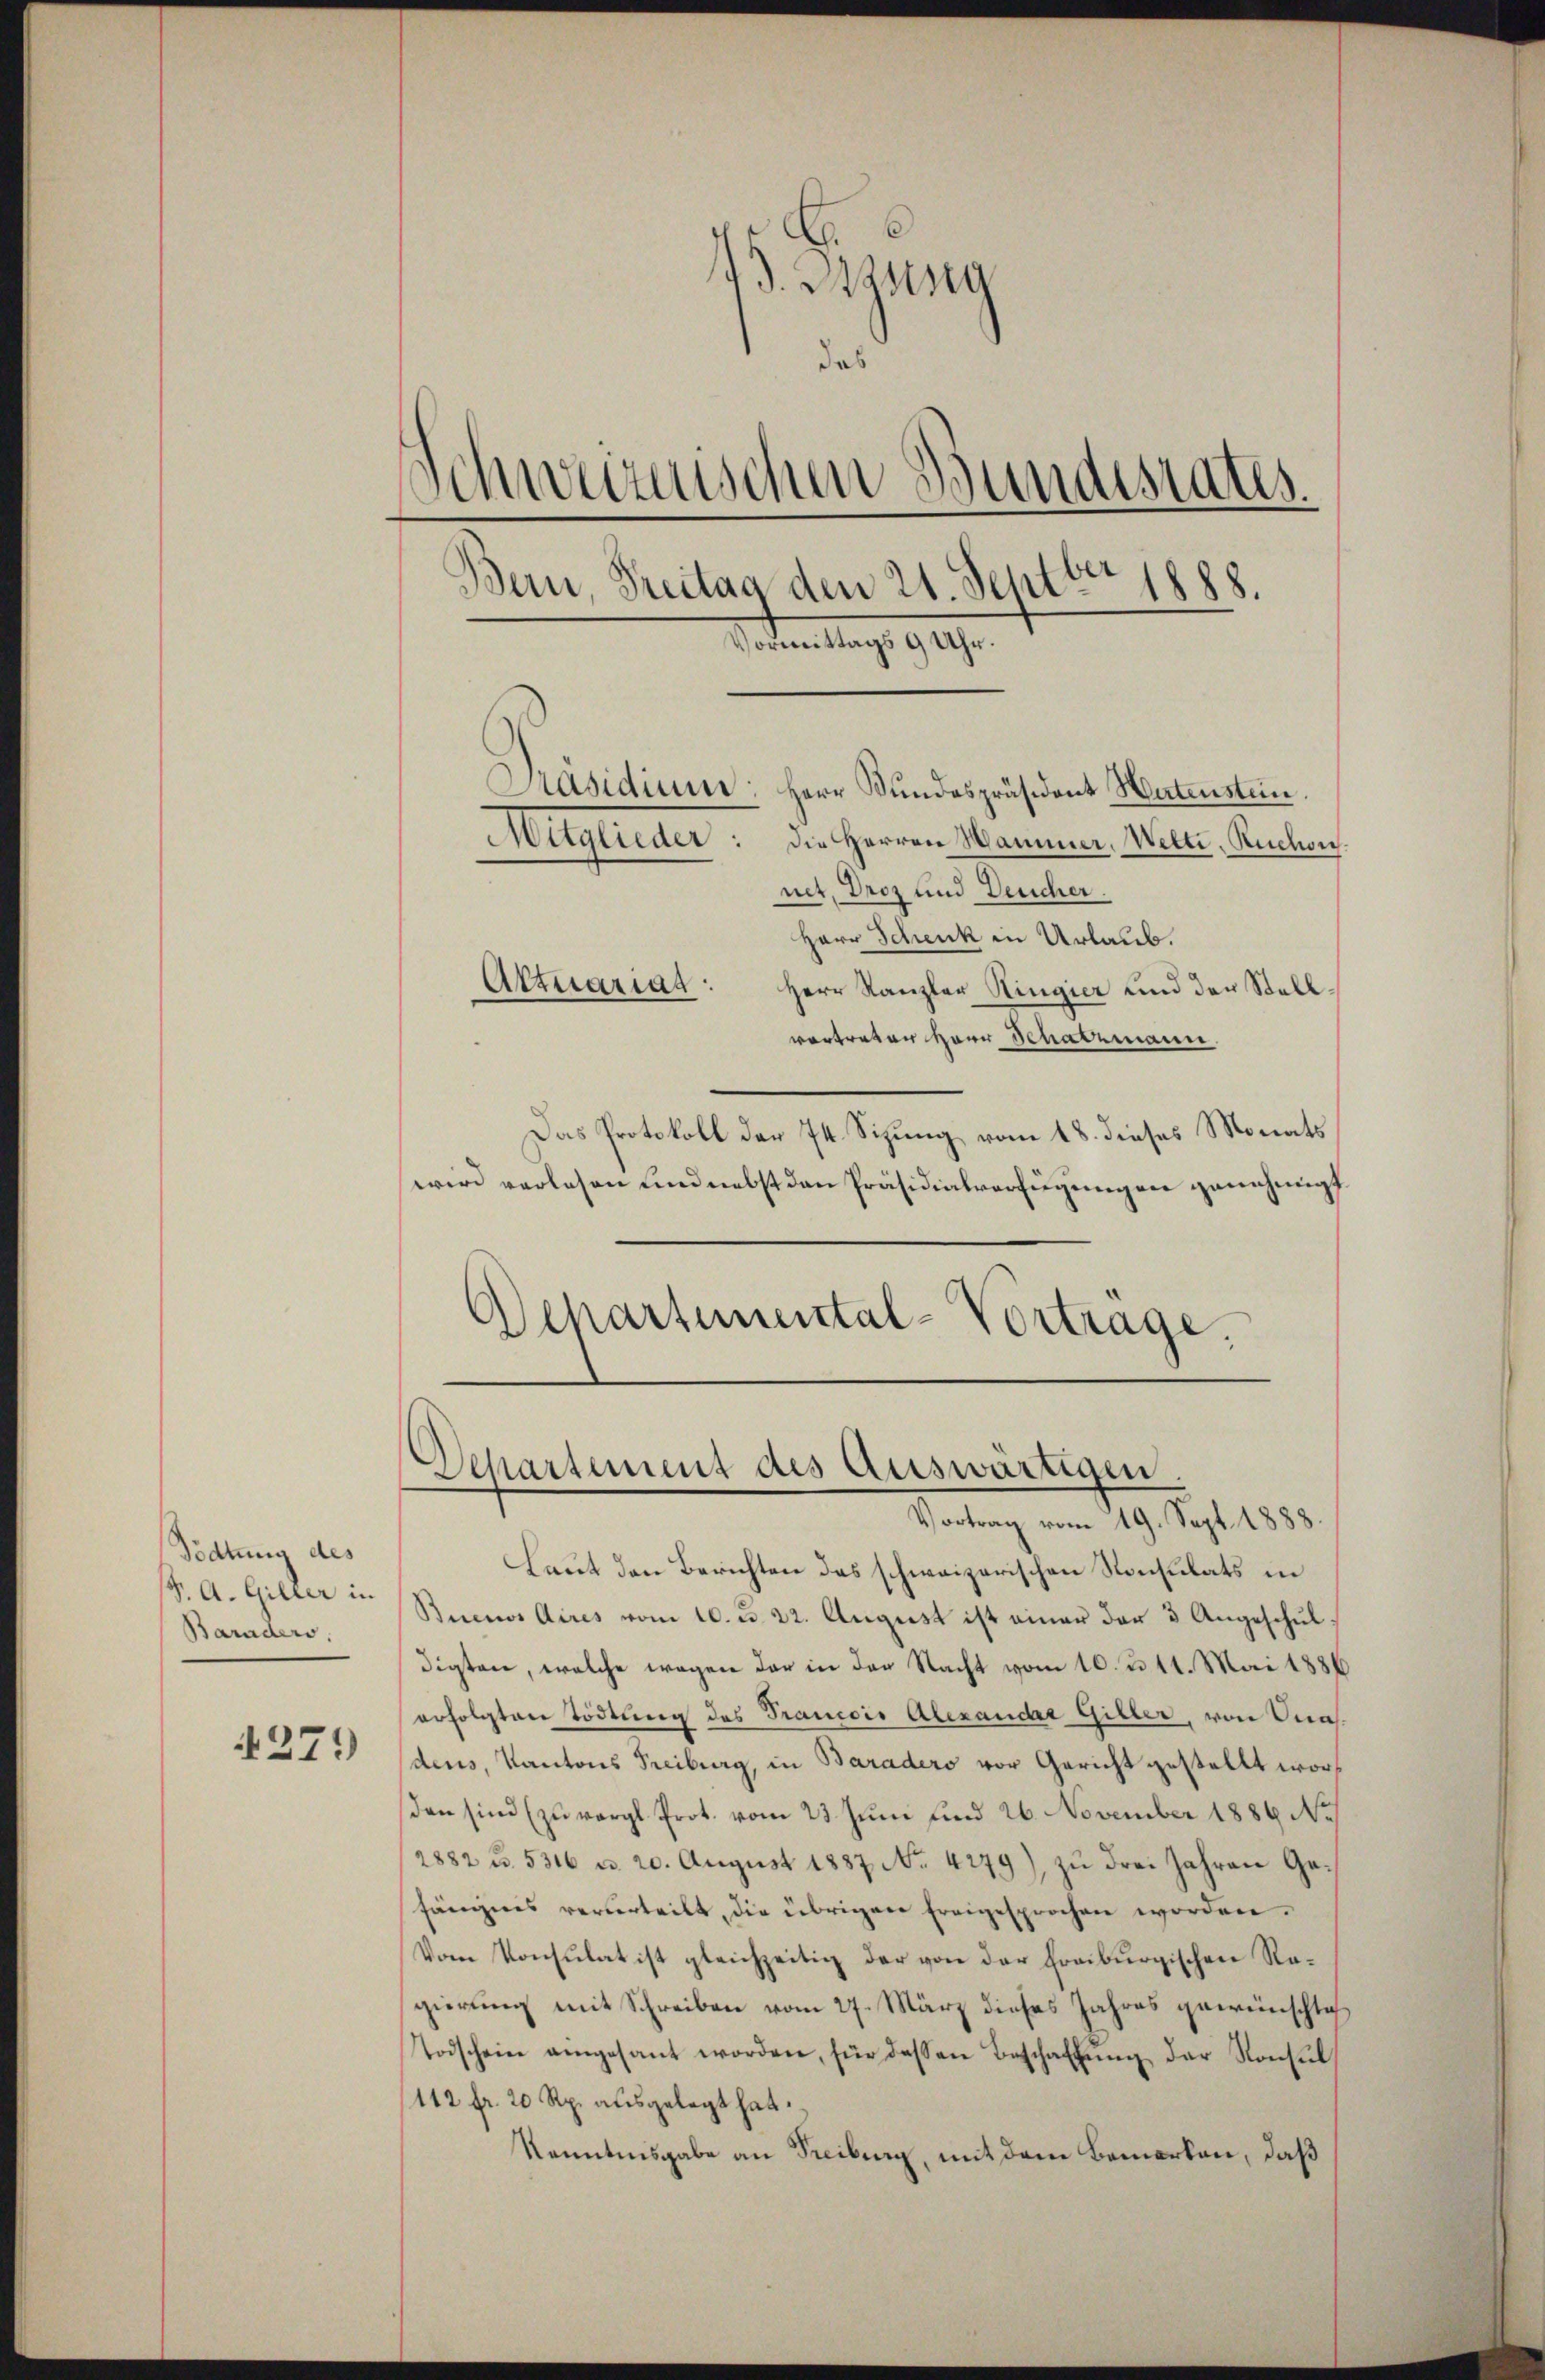
Tödtung des
/. A. Giller in
Baraders.

1271)

1. Digssta
das
Schweizerischen Bundesrates.
Bern, Treitag den 21. Septbr 1888.
Vorem lang 1919.
Präsidium
Herr Bundespräsident Hartenstein.
Megneten.
Die Herren Wammer. Wetti, Ruchon.
net, Droz und Deucher.
Herr Schenk in Urlaub.
Attuariat :
Herr Kanzler Ringier und der Stellvertreten Herr Schatzmann.

Das Protokoll der 74. Sizung vom 18. dieses Monats
wird verlesen sind nebst den Präsidialverfügungen genehmigt
Departemental-Vortrage.

Departement des Auswärtigen
Vortrag vom 19. Sept. 1888.

Laut den Berichten des schweizerischen Konsulats in
Buenos Aires vom 10. d. 22. August ist einer der 3 Angeschuldigten, welche wegen der in der Nacht vom 10. d. 11. Mai 1886
erfolgten Tödtung des Trancois Alexander Giller, von Dia
dens, Kantons Freiburg, in Baradero vor Gericht gestellt worden sind (zu vergl. Prot. vom 23. Juni und 26. November 1886 No
2882 u. 5316 u. 20. August 1887 No. 4279) zŭ drei Jahren Ge-
fängnis verurteilt, die übrigen Ereigesprochen worden.
Vom Konsulat ist gleichzeitig der von der Freiburgischen Ragierung mit Schreiben vom 27. März dieses Jahres gewünschti
Todschein eingesant worden, für dessen Beschaffŭng der Konsul¬
112 fr. 20 Rp. ausgelegt hat.
Kenntnisgabe an Freiburg, mit dem Bemerken, daß